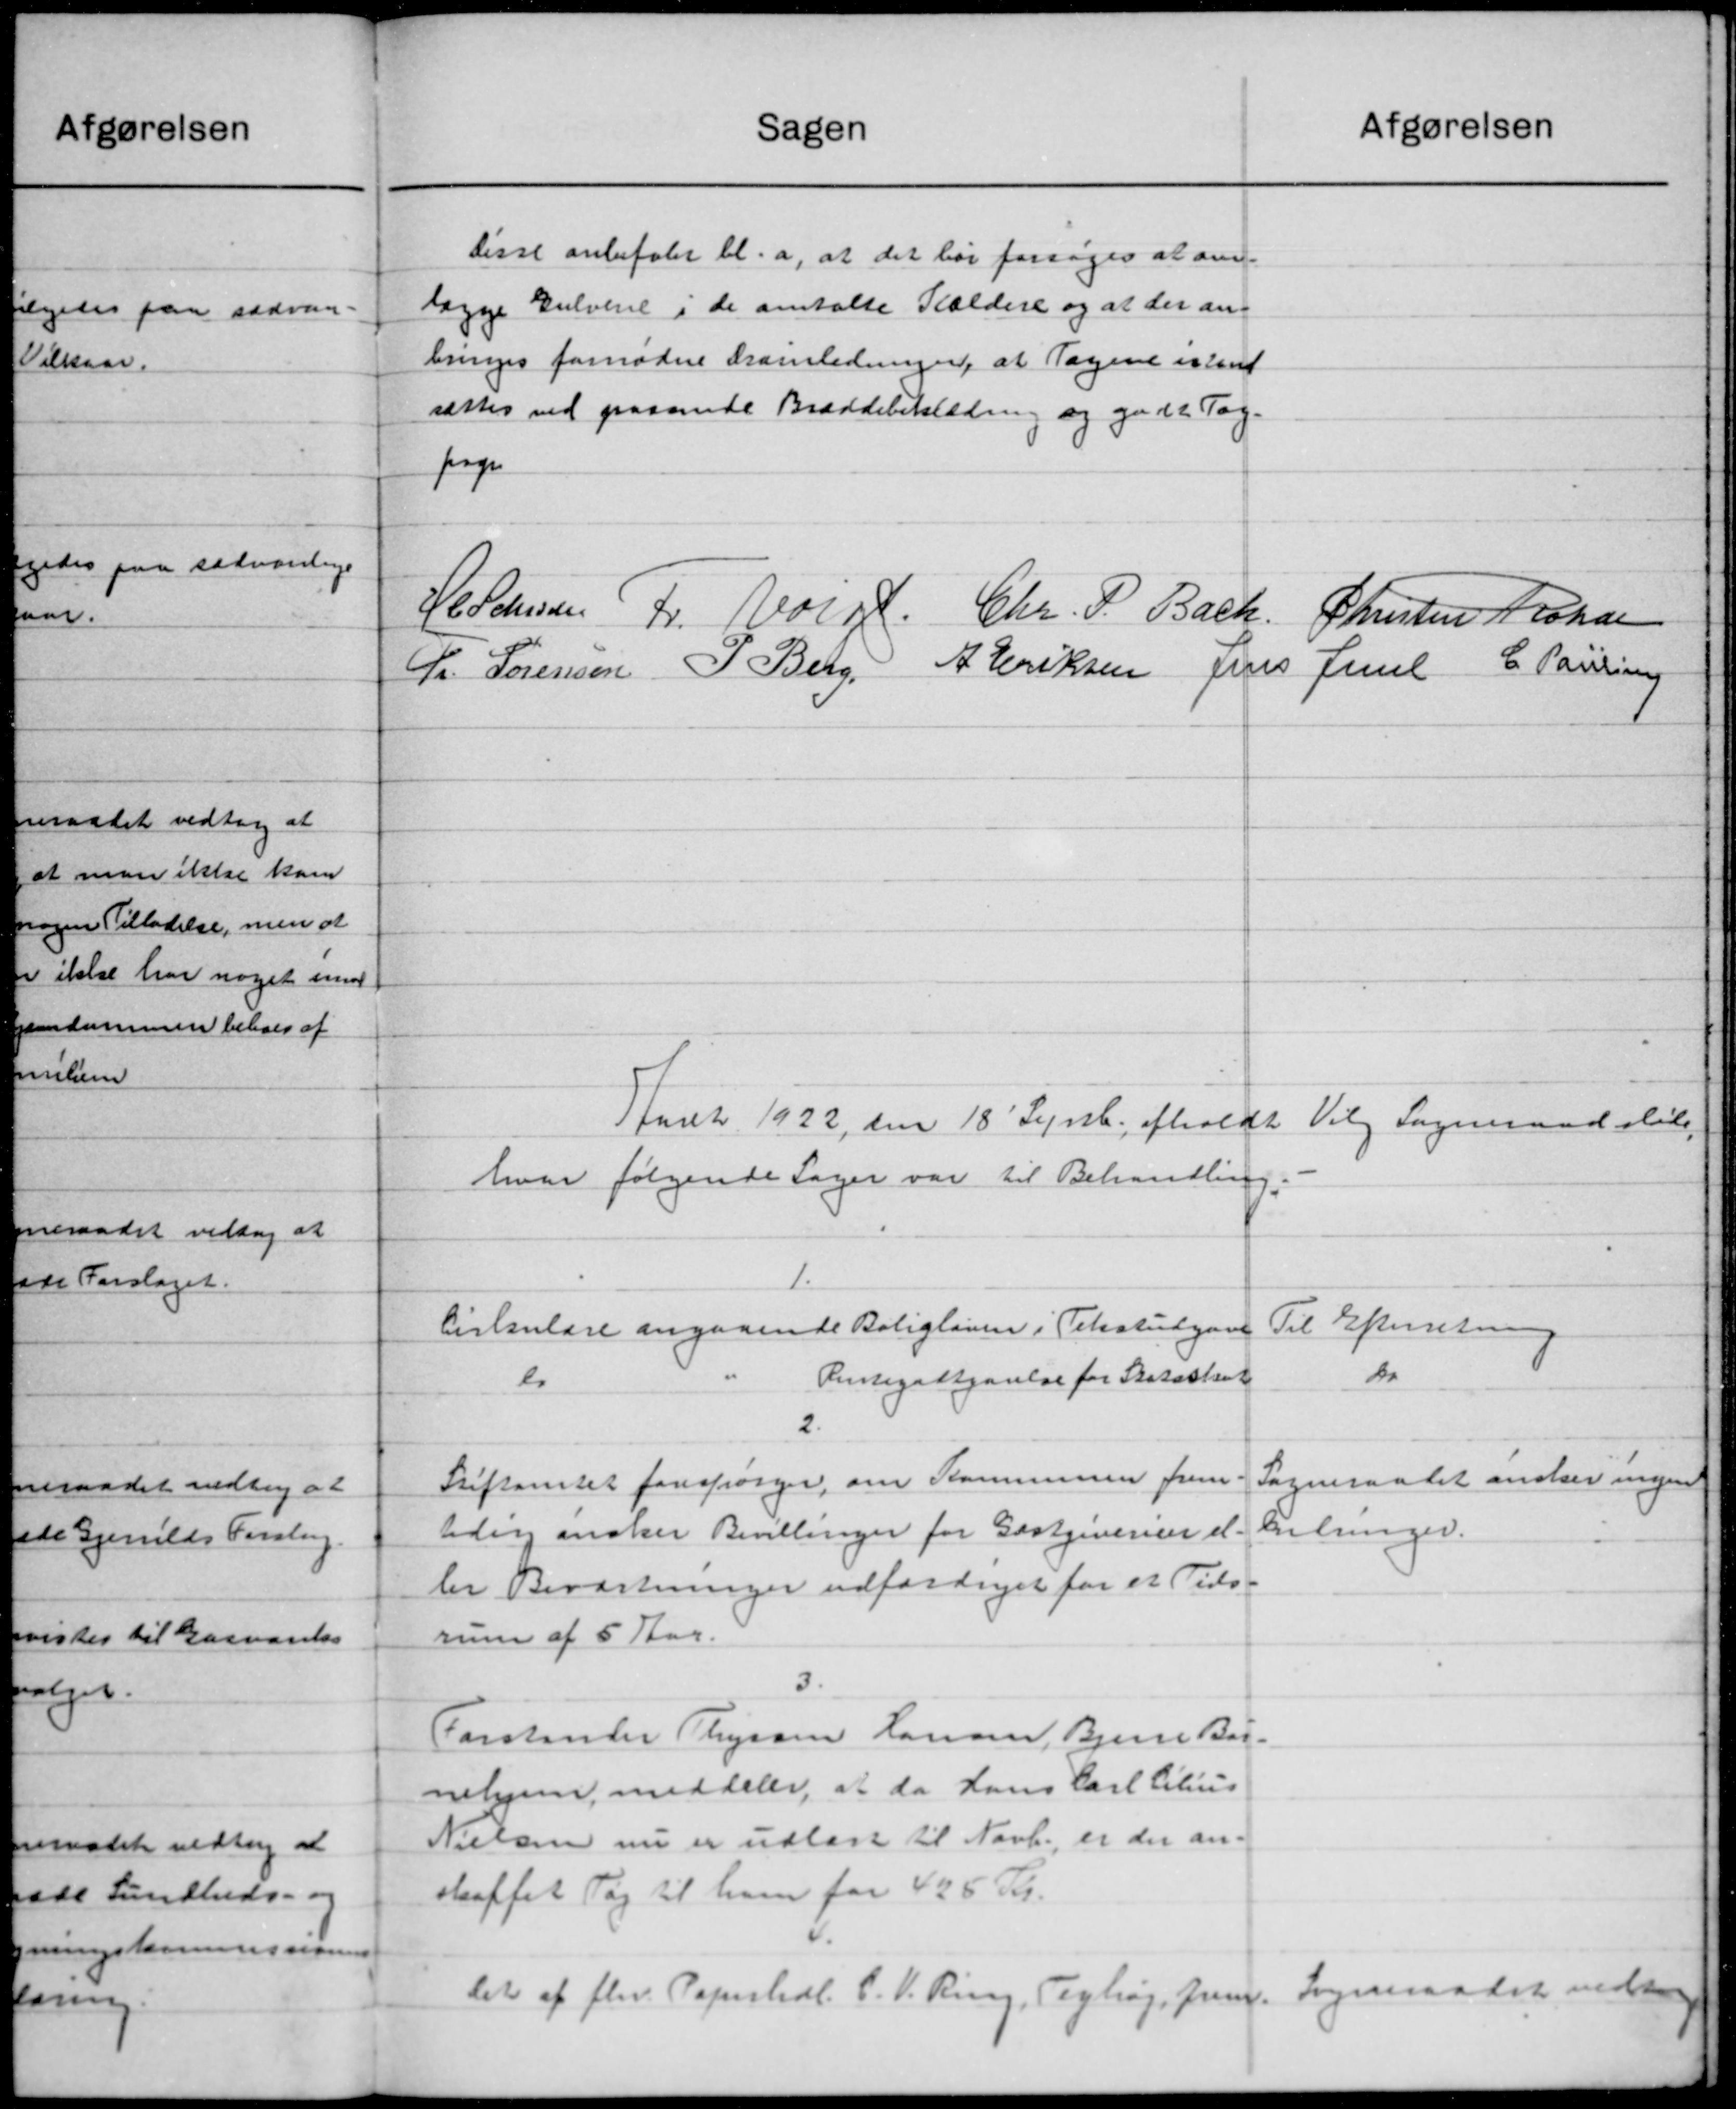
Transskription:
afgørelsen
Sagen
disse anbefaler bl.a. at det bør forsøges at om-
lægge Gulvene i de omtalte Stældere og at der an-
bringes fornødne dranledninger, at Tagene isteret
sættes ved passende Bræddebeholdning og gode Pag-
page
H. Petersen L. Norge. Chr. P. Bach
Christen Nickse
L. Sørensen P. Berg A. Eriksen Jens Juul C. Paulsen
Juret 1922, den 18' Septb. afholdt Vilg Sogneraadsløse,
hvor følgende Sager var til Behandling.
1.
Til Efterretning
Cirkulære angaaende Boligloven i Tekstutgave
do
Antegodtgørelse for Skatastent
do
2.
Sogneraadet ønsker ingen
Stiftamtet forespørger, om Kommunen frem-
kelninger.
tidig ønsker Bevillinger for Gæstgiverier el-
ler Beværtninger udfærdiget for et Tids-
rum af 5 Aar.
3.
Forstander Thyssen Hansen, Bjerre Bar-
nehjem, meddeler, at da hans Carl Chus
Nielsen nu er udlagt til Novb, er der an-
skaffet Tag til ham for 425 Kr.
Sogneraadet vedtoges
det af fhv. Papirhdl. C. V. Ring, Tighøj, frem-